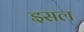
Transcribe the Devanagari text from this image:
इसल